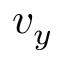
v _ { y }